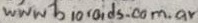
Text: www bioroids.com.ar